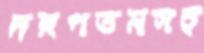
দরপতনসহ